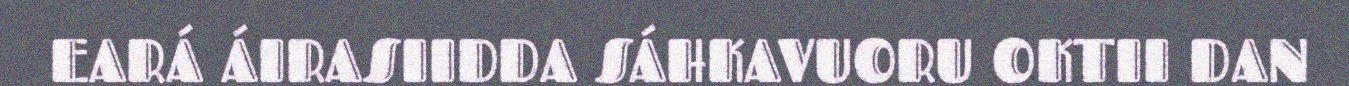
EARÁ ÁIRASIIDDA SÁHKAVUORU OKTII DAN